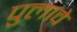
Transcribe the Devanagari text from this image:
पुलावे